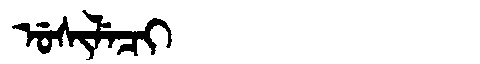
Manchu: ᡠᠰᡳᠯᡝᠴᡳ
Romanization: USILECI